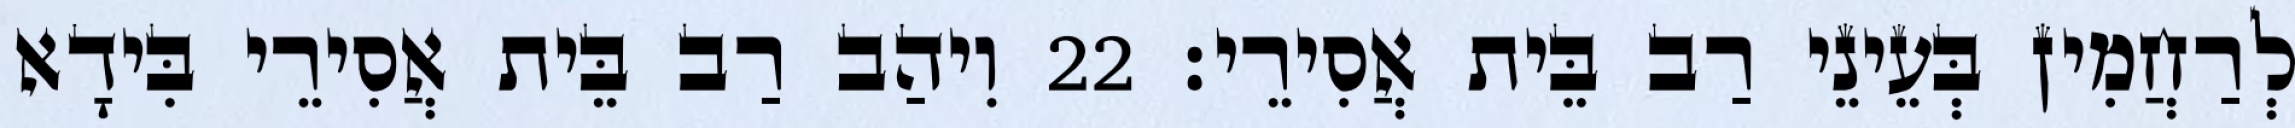
לְרַחֲמִין בְּעֵינֵי רַב בֵּית אֲסִירֵי׃ 22 וִיהַב רַב בֵּית אֲסִירֵי בִּידָא